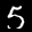
Label: 5